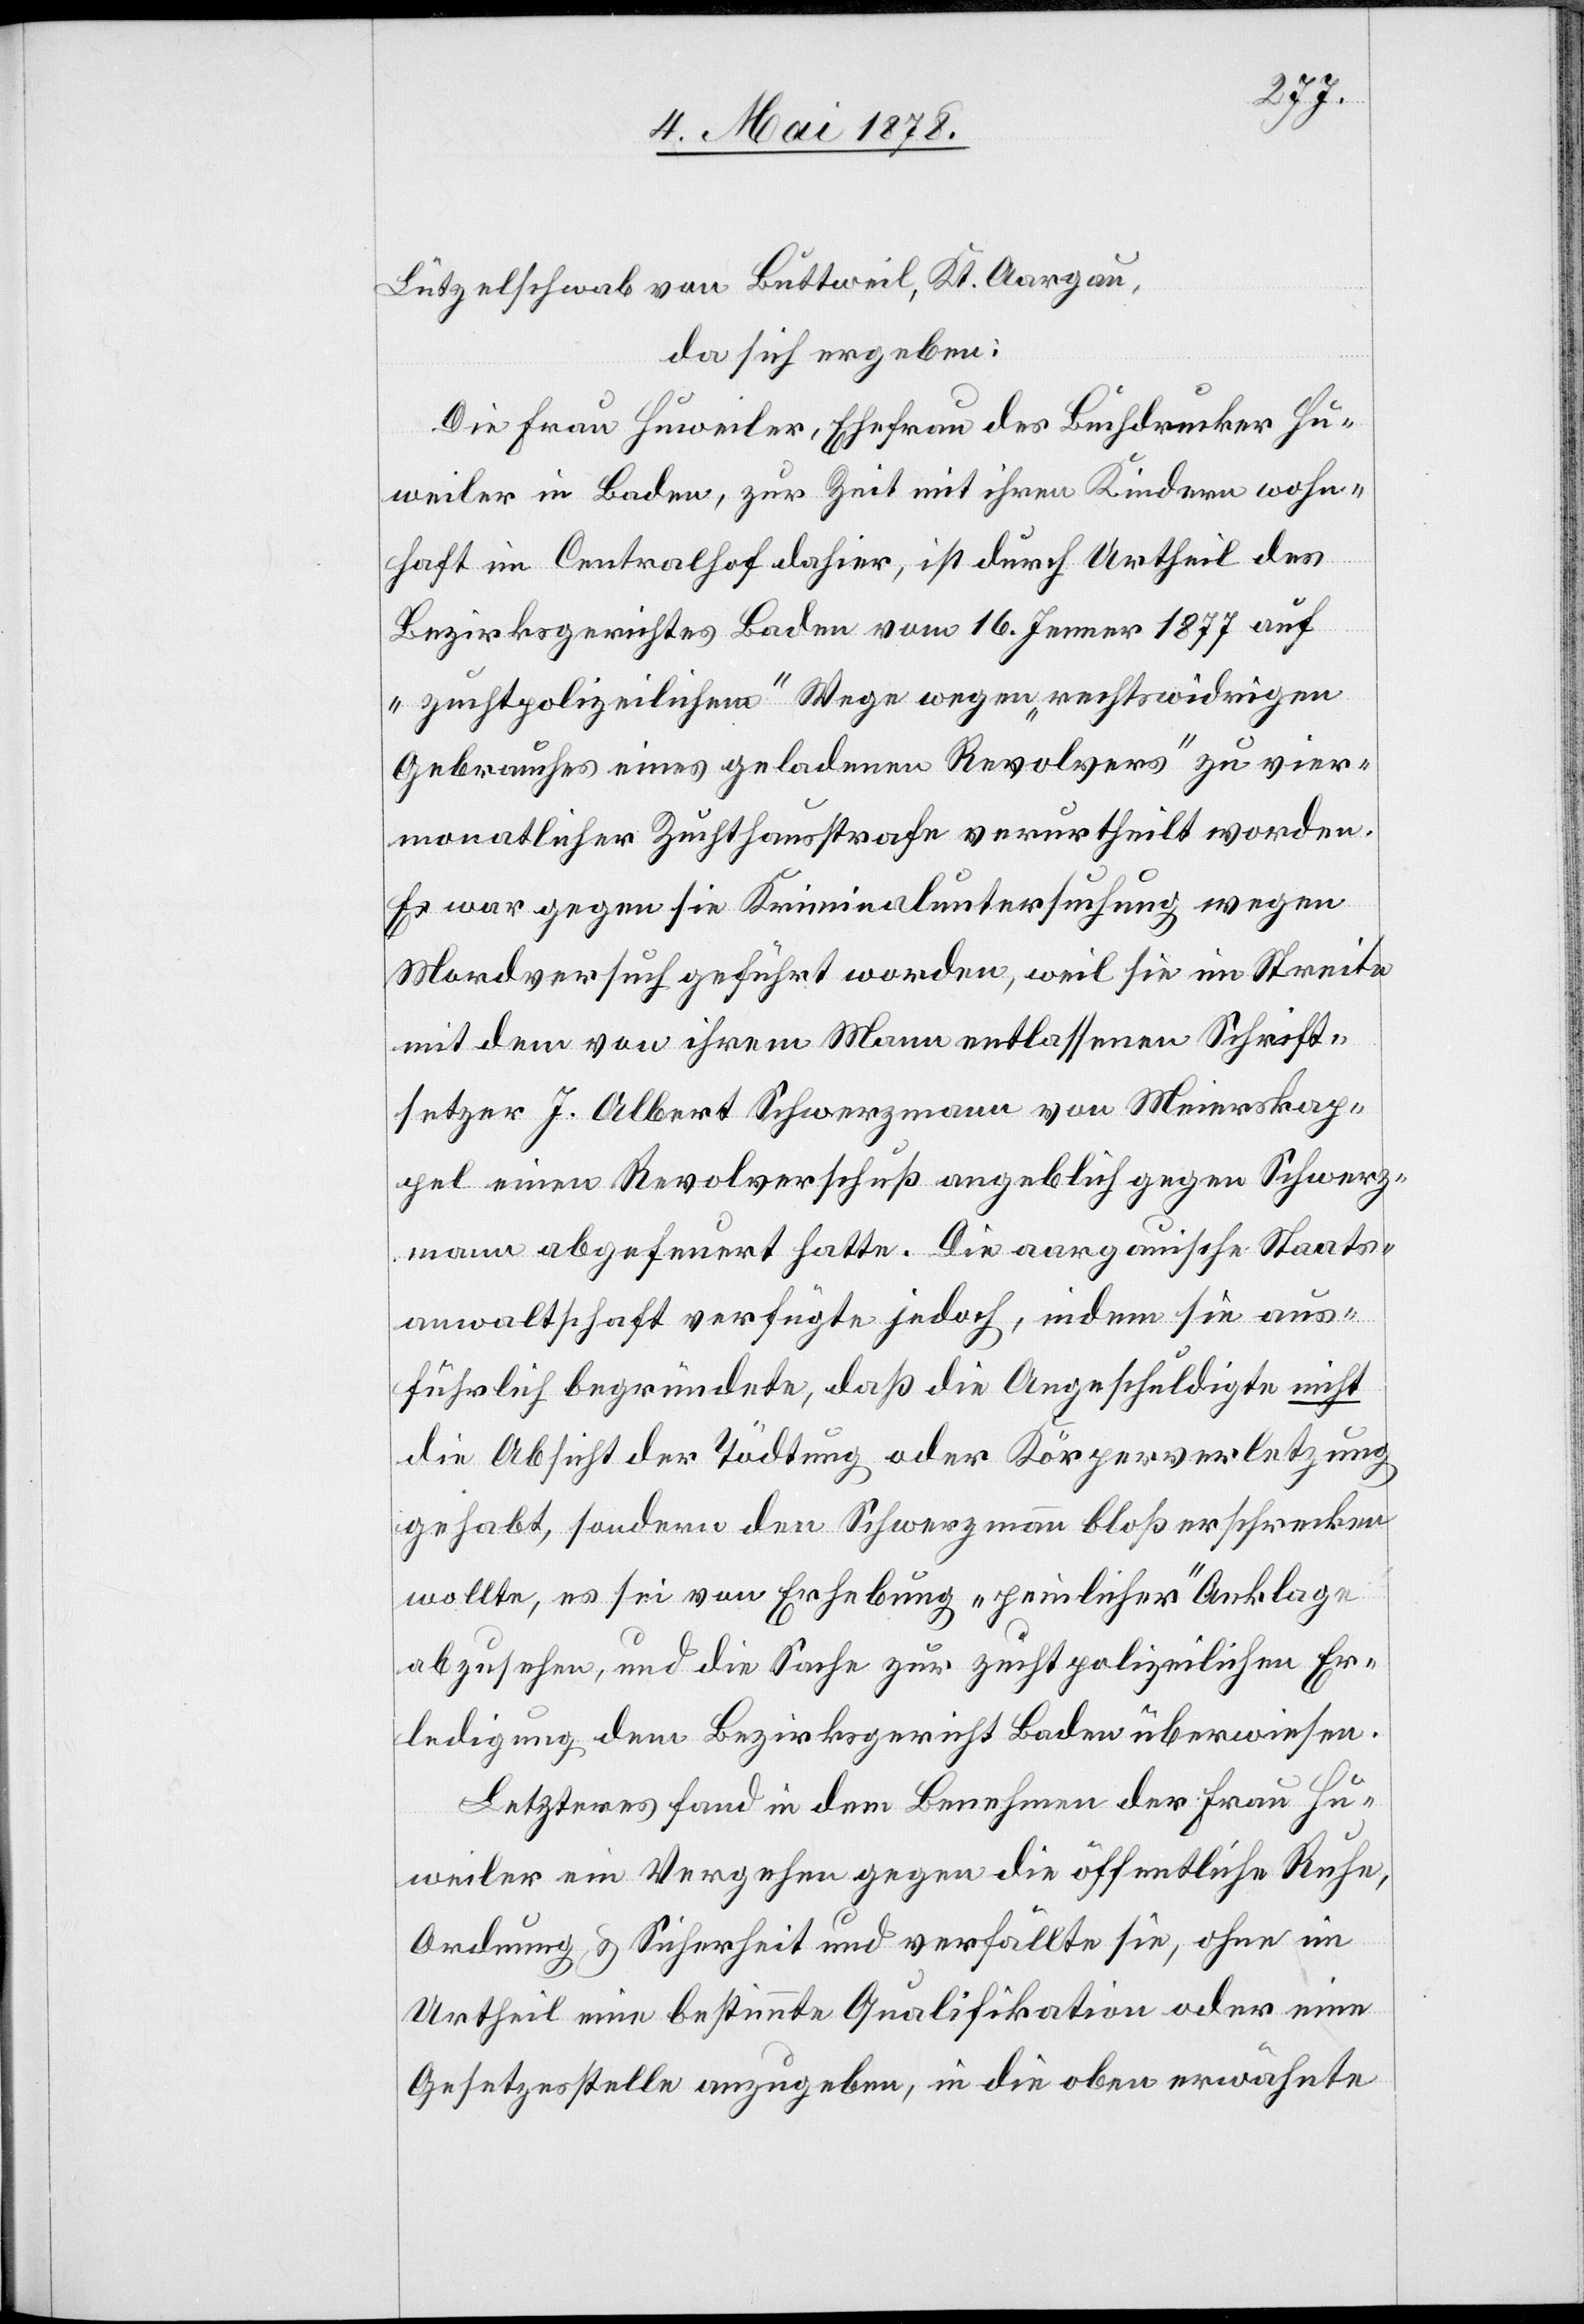
Lützelschwab von Buttweil, Kt. Aargau,
da sich ergeben:
Die Frau Huweiler, Ehefrau des Buchdrucker Hu¬
weiler in Baden, zur Zeit mit ihren Kindern wohn¬
haft im Centralhof dahier, ist durch Urtheil des
Bezirksgerichtes Baden vom 16. Jenner 1877 auf
„zuchtpolizeilichem“ Wege wegen „rechtswidrigen
Gebrauches eines geladenen Revolvers“ zu vier¬
monatlicher Zuchthausstrafe verurtheilt worden.
Es war gegen sie Kriminaluntersuchung wegen
Mordversuch geführt worden, weil sie im Streite
mit dem von ihrem Mann entlassenen Schrift¬
setzer J. Albert Schwerzmann von Meierskap¬
pel einen Revolverschuß angeblich gegen Schwerz¬
mann abgefeuert hatte. Die aargauische Staats¬
anwaltschaft verfügte jedoch, indem sie aus¬
führlich begründete, daß die Angeschuldigte nicht
die Absicht der Tödtung oder Körperverletzung
gehabt, sondern den Schwerzmann bloß erschrecken
wollte, es sei von Erhebung „peinlicher“ Anklage
abzusehen, und die Sache zur zuchtpolizeilichen Er¬
ledigung dem Bezirksgericht Baden überwiesen.
Letzteres fand in dem Benehmen der Frau Hu¬
weiler ein Vergehen gegen die öffentliche Ruhe,
Ordnung & Sicherheit und verfällte sie, ohne im
Urtheil eine bestimmte Qualifikation oder eine
Gesetzesstelle anzugeben, in die oben erwähnte